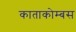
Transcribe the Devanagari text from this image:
काताकोम्बस